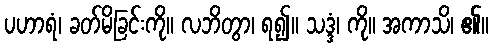
ပဟာရံ၊ ခတ်မိခြင်းကို။ လဘိတွာ၊ ရ၍။ သဒ္ဒံ၊ ကို။ အကာသိ၊ ၏။